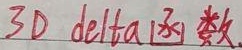
$3D delta\text{函数}$